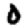
Digit: 0